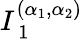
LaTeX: I_{\mathrm{~1~}}^{(\alpha_{1},\alpha_{2})}